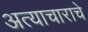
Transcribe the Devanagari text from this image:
अत्‍याचाराचे